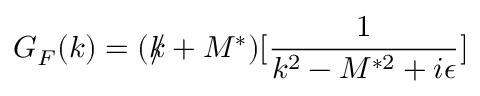
G _ { F } ( k ) = ( k \! \! \! / + M ^ { \ast } ) [ \frac { 1 } { k ^ { 2 } - M ^ { \ast 2 } + i \epsilon } ]